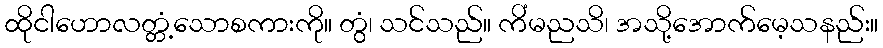
ထိုငါဟောလတ္တံ့သောစကားကို။ တွံ၊ သင်သည်။ ကိံမညသိ၊ အသို့အောက်မေ့သနည်း။